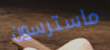
ماسترسون